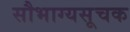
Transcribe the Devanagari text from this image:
सौभाग्यसूचक